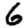
Digit: 6